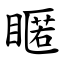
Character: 䁥